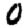
Digit: 0